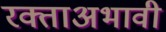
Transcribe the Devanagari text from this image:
रक्ताअभावी